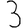
Digit: 3